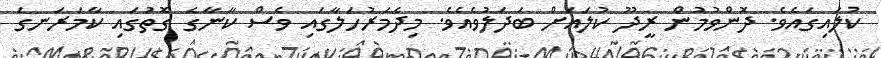
ކުލައިގައެވެ. ދޮންވުމުން ރީދޫ ކުލައަށް ބަދަލުވެއެވެ. މިދެމަރުހަލާގައި ވެސް ކާނާގެ ގޮތުގައި ކާމަރަނގަ